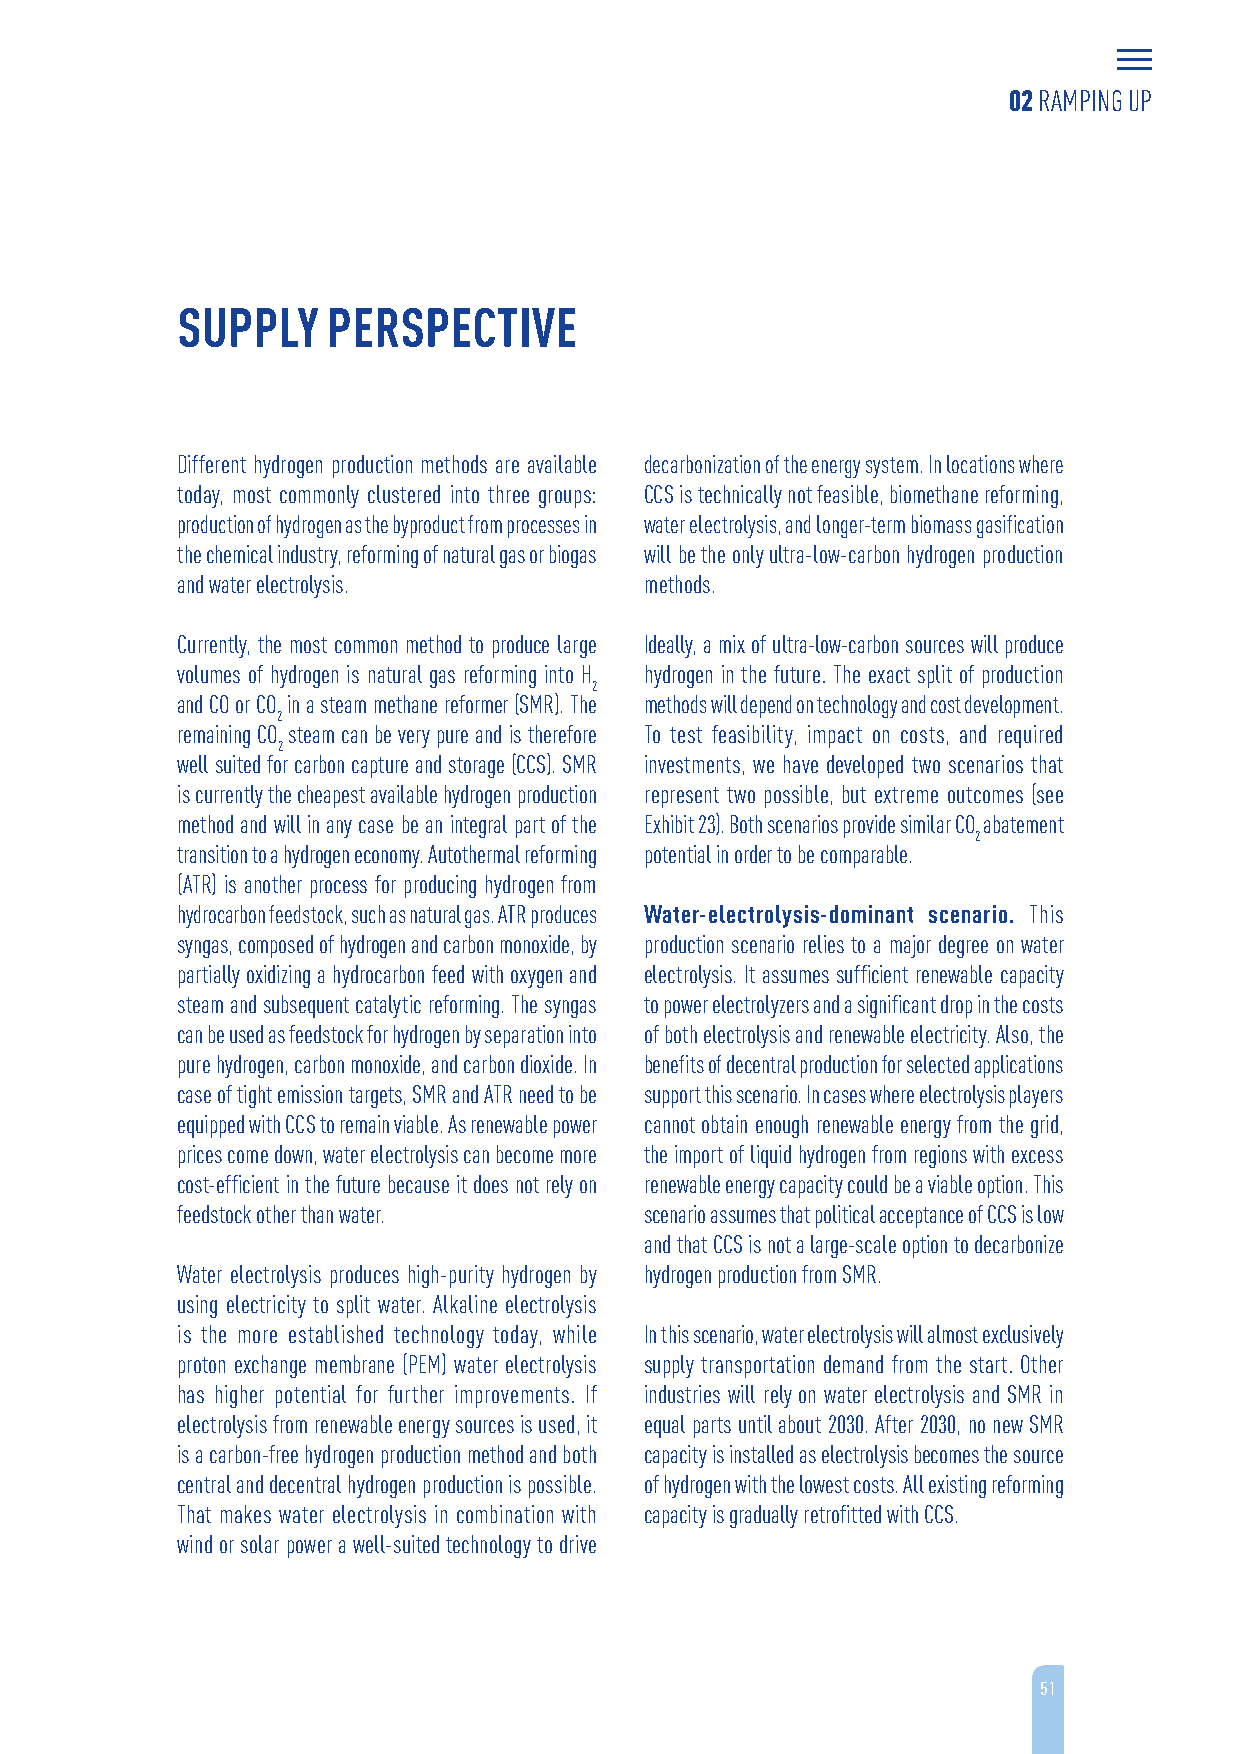
02 RAMPING UP
 SUPPLY    PERSPECTIVE
 Different hydrogen production methods are available decarbonization of the energy system. In locations where
 today, most commonly clustered into three groups: CCS is technically not feasible, biomethane reforming,
 production of hydrogen as the byproduct from processes in water electrolysis, and longer-term biomass gasification
 the chemical industry, reforming of natural gas or biogas will be the only ultra-low-carbon hydrogen production
 and water electrolysis.        methods.
 Currently, the most common method to produce large Ideally, a mix of ultra-low-carbon sources will produce
 volumes of hydrogen is natural gas reforming into H hydrogen in the future. The exact split of production
 2
 and CO or CO in a steam methane reformer (SMR). The methods will depend on technology and cost development.
 2
 remaining CO steam can be very pure and is therefore To test feasibility, impact on costs, and required
 2
 well suited for carbon capture and storage (CCS). SMR investments, we have developed two scenarios that
 is currently the cheapest available hydrogen production represent two possible, but extreme outcomes (see
 method and will in any case be an integral part of the Exhibit 23). Both scenarios provide similar CO abatement
 2
 transition to a hydrogen economy. Autothermal reforming potential in order to be comparable.
 (ATR) is another process for producing hydrogen from
 hydrocarbon feedstock, such as natural gas. ATR produces Water-electrolysis-dominant scenario. This
 syngas, composed of hydrogen and carbon monoxide, by production scenario relies to a major degree on water
 partially oxidizing a hydrocarbon feed with oxygen and electrolysis. It assumes sufficient renewable capacity
 steam and subsequent catalytic reforming. The syngas to power electrolyzers and a significant drop in the costs
 can be used as feedstock for hydrogen by separation into of both electrolysis and renewable electricity. Also, the
 pure hydrogen, carbon monoxide, and carbon dioxide. In benefits of decentral production for selected applications
 case of tight emission targets, SMR and ATR need to be support this scenario. In cases where electrolysis players
 equipped with CCS to remain viable. As renewable power cannot obtain enough renewable energy from the grid,
 prices come down, water electrolysis can become more the import of liquid hydrogen from regions with excess
 cost-efficient in the future because it does not rely on renewable energy capacity could be a viable option. This
 feedstock other than water.    scenario assumes that political acceptance of CCS is low
 and that CCS is not a large-scale option to decarbonize
 Water electrolysis produces high-purity hydrogen by hydrogen production from SMR.
 using electricity to split water. Alkaline electrolysis
 is the more established technology today, while In this scenario, water electrolysis will almost exclusively
 proton exchange membrane (PEM) water electrolysis supply transportation demand from the start. Other
 has higher potential for further improvements. If industries will rely on water electrolysis and SMR in
 electrolysis from renewable energy sources is used, it equal parts until about 2030. After 2030, no new SMR
 is a carbon-free hydrogen production method and both capacity is installed as electrolysis becomes the source
 central and decentral hydrogen production is possible. of hydrogen with the lowest costs. All existing reforming
 That makes water electrolysis in combination with capacity is gradually retrofitted with CCS.
 wind or solar power a well-suited technology to drive
 51